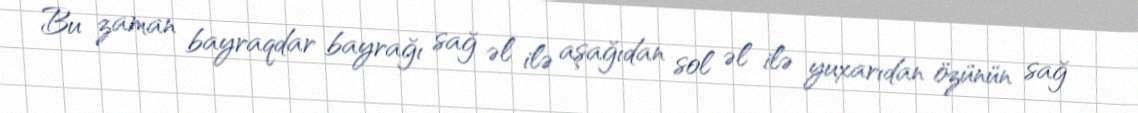
Bu zaman bayraqdar bayrağı sağ əl ilə aşağıdan sol əl ilə yuxarıdan özünün sağ